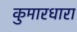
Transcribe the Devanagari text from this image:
कुमारधारा